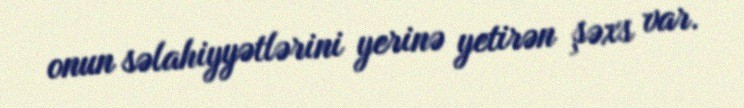
onun səlahiyyətlərini yerinə yetirən şəxs var.